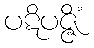
ပဋိပဇ္ဇိံ